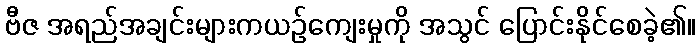
ဗီဇ အရည်အချင်းများကယဉ်ကျေးမှုကို အသွင် ပြောင်းနိုင်စေခဲ့၏။